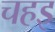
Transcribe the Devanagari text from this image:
चहइ